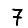
Digit: 7